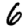
Digit: 6